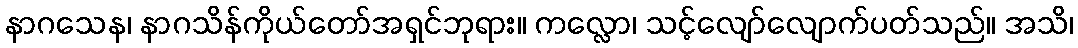
နာဂသေန၊ နာဂသိန်ကိုယ်တော်အရှင်ဘုရား။ ကလ္လော၊ သင့်လျော်လျောက်ပတ်သည်။ အသိ၊